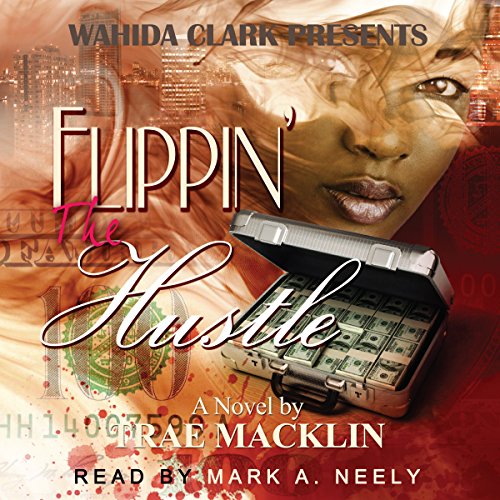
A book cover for Flippin' The Hustle: Wahida Clark Presents); Trae Macklin; Romance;